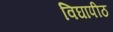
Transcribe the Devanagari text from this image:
विघापीठ